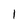
Character: I